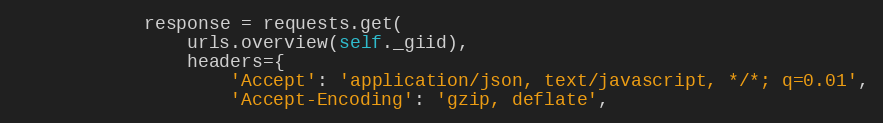
Language: Python
            response = requests.get(
                urls.overview(self._giid),
                headers={
                    'Accept': 'application/json, text/javascript, */*; q=0.01',
                    'Accept-Encoding': 'gzip, deflate',